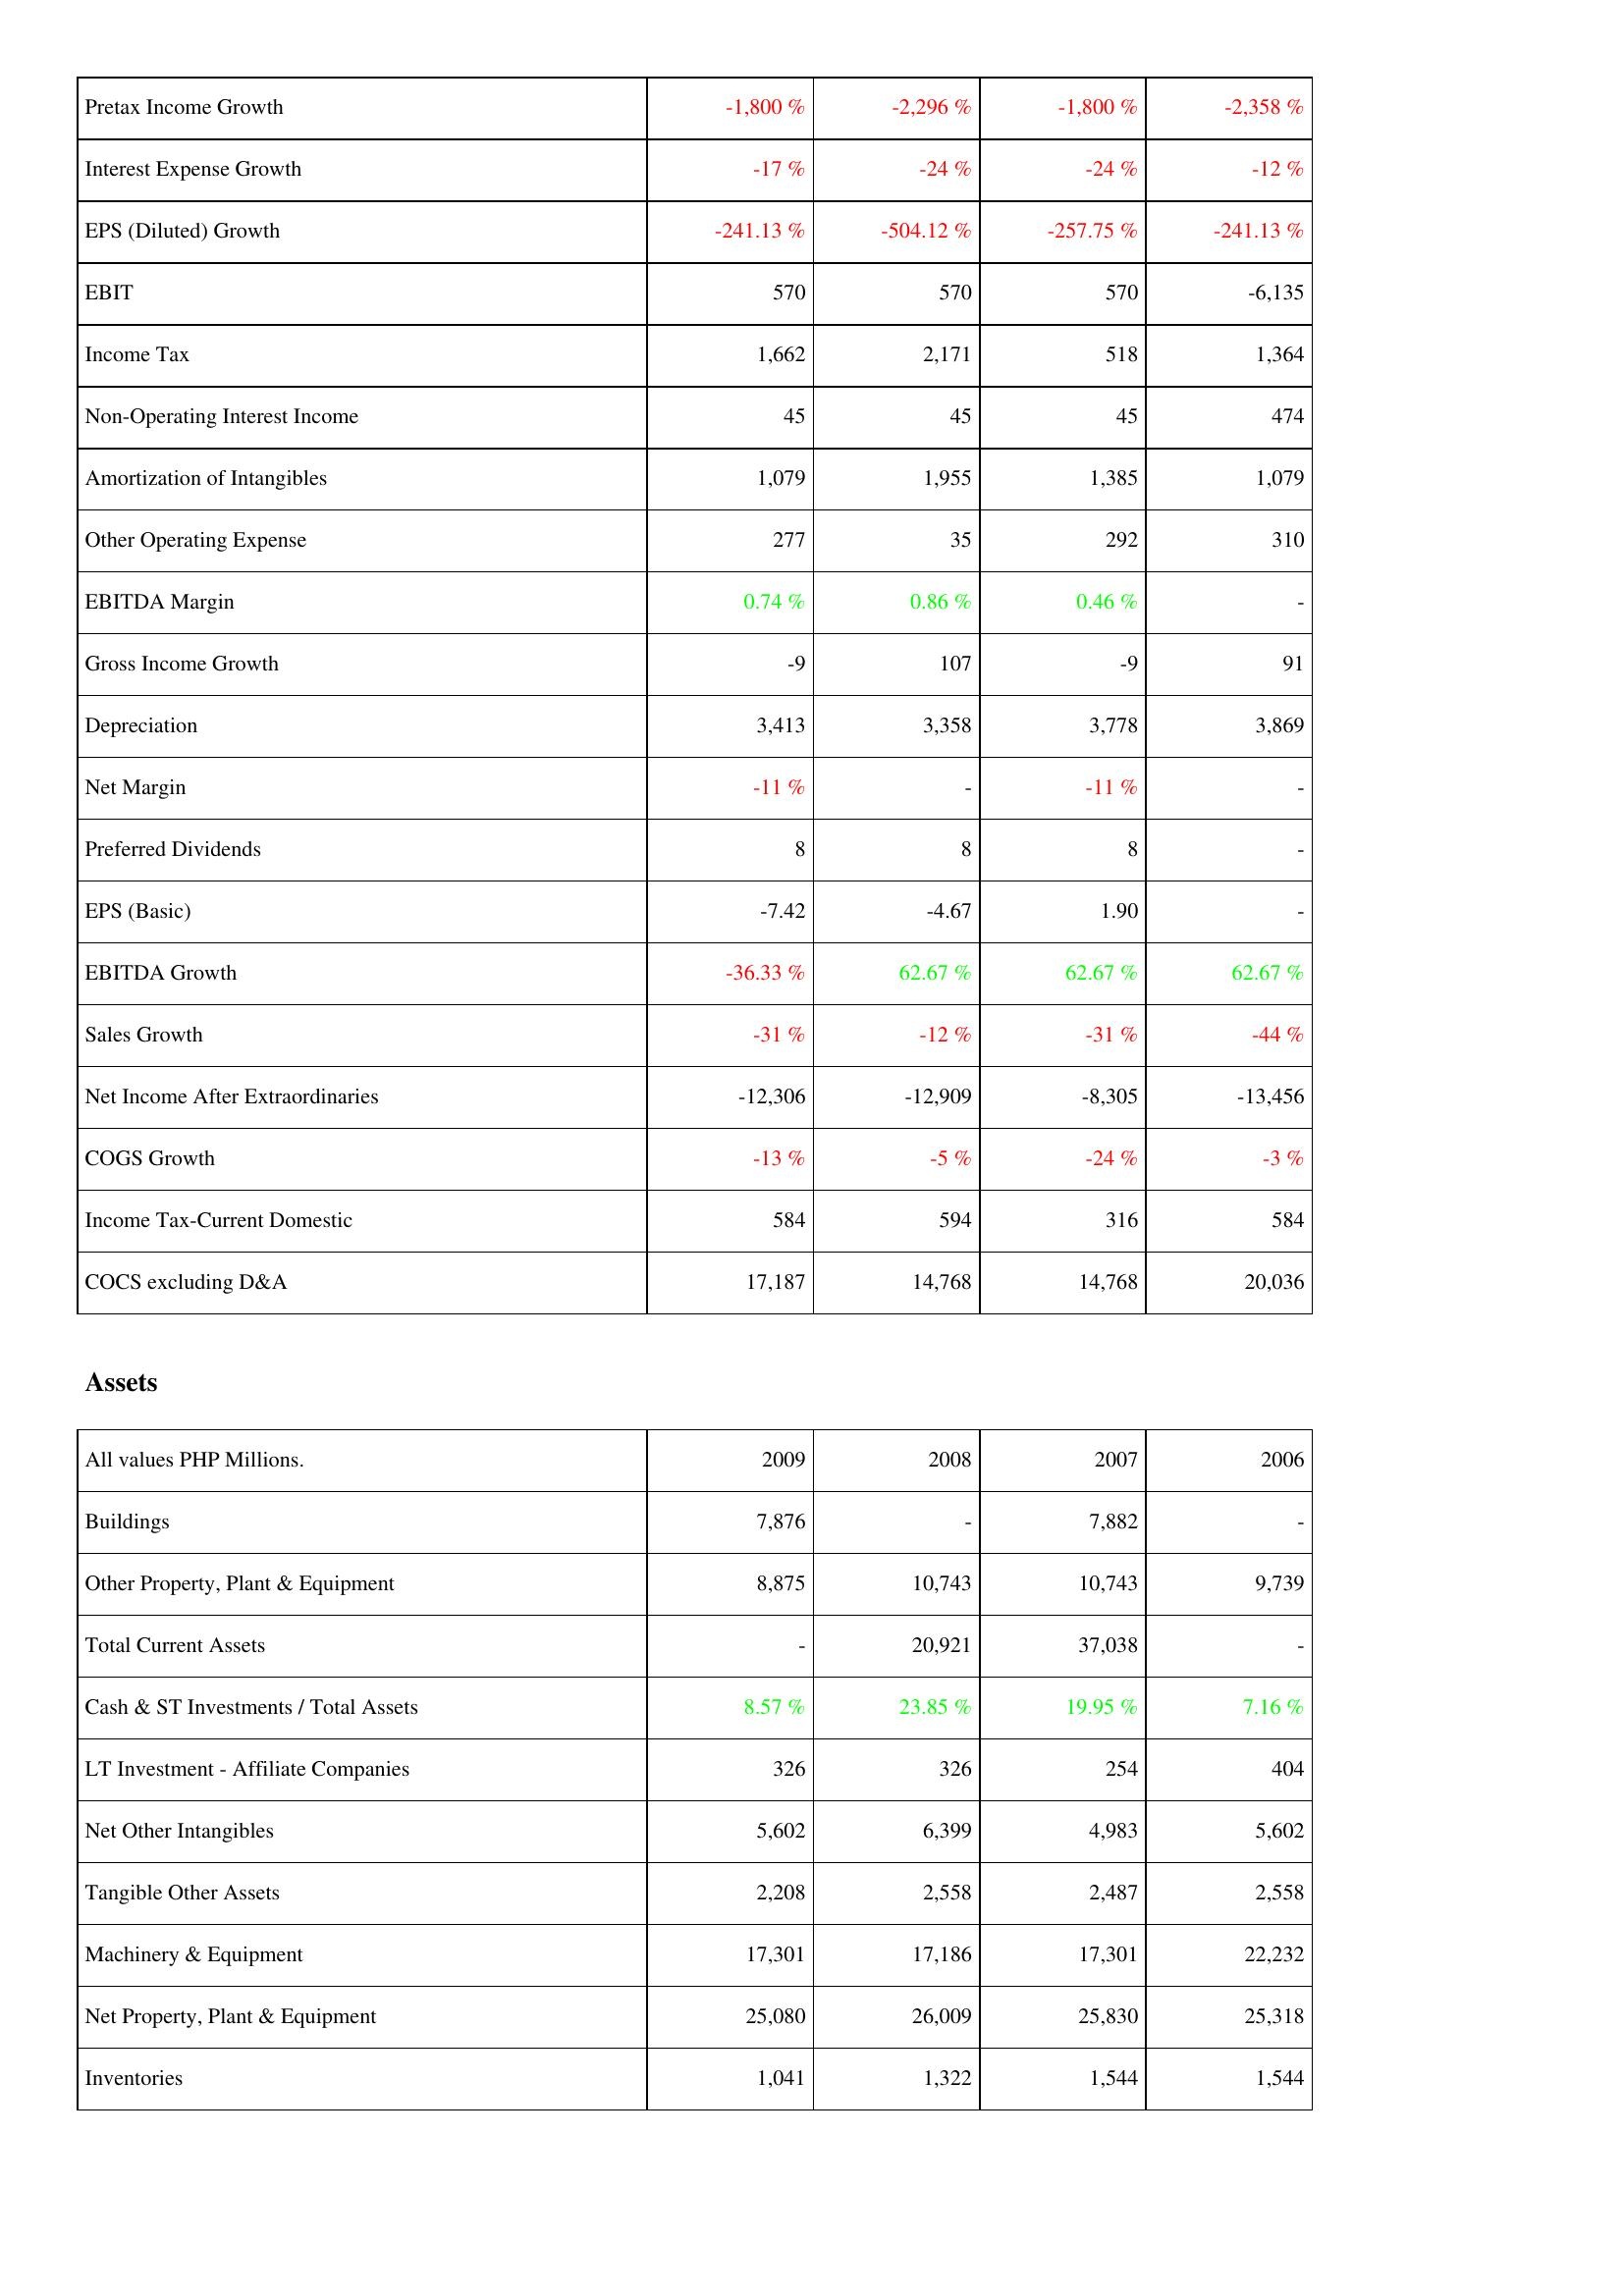
2009: Income Statement: Pretax Income Growth: -1,800 %
Interest Expense Growth: -17 %
EPS (Diluted) Growth: -241.13 %
EBIT: 570
Income Tax: 1,662
Non-Operating Interest Income: 45
Amortization of Intangibles: 1,079
Other Operating Expense: 277
EBITDA Margin: 0.74 %
Gross Income Growth: -9
Depreciation: 3,413
Net Margin: -11 %
Preferred Dividends: 8
EPS (Basic): -7.42
EBITDA Growth: -36.33 %
Sales Growth: -31 %
Net Income After Extraordinaries: -12,306
COGS Growth: -13 %
Income Tax-Current Domestic: 584
COCS excluding D&A: 17,187
Assets: Buildings: 7,876
Other Property, Plant & Equipment: 8,875
Total Current Assets: -
Cash & ST Investments / Total Assets: 8.57 %
LT Investment - Affiliate Companies: 326
Net Other Intangibles: 5,602
Tangible Other Assets: 2,208
Machinery & Equipment: 17,301
Net Property, Plant & Equipment: 25,080
Inventories: 1,041
2008: Income Statement: Pretax Income Growth: -2,296 %
Interest Expense Growth: -24 %
EPS (Diluted) Growth: -504.12 %
EBIT: 570
Income Tax: 2,171
Non-Operating Interest Income: 45
Amortization of Intangibles: 1,955
Other Operating Expense: 35
EBITDA Margin: 0.86 %
Gross Income Growth: 107
Depreciation: 3,358
Net Margin: -
Preferred Dividends: 8
EPS (Basic): -4.67
EBITDA Growth: 62.67 %
Sales Growth: -12 %
Net Income After Extraordinaries: -12,909
COGS Growth: -5 %
Income Tax-Current Domestic: 594
COCS excluding D&A: 14,768
Assets: Buildings: -
Other Property, Plant & Equipment: 10,743
Total Current Assets: 20,921
Cash & ST Investments / Total Assets: 23.85 %
LT Investment - Affiliate Companies: 326
Net Other Intangibles: 6,399
Tangible Other Assets: 2,558
Machinery & Equipment: 17,186
Net Property, Plant & Equipment: 26,009
Inventories: 1,322
2007: Income Statement: Pretax Income Growth: -1,800 %
Interest Expense Growth: -24 %
EPS (Diluted) Growth: -257.75 %
EBIT: 570
Income Tax: 518
Non-Operating Interest Income: 45
Amortization of Intangibles: 1,385
Other Operating Expense: 292
EBITDA Margin: 0.46 %
Gross Income Growth: -9
Depreciation: 3,778
Net Margin: -11 %
Preferred Dividends: 8
EPS (Basic): 1.90
EBITDA Growth: 62.67 %
Sales Growth: -31 %
Net Income After Extraordinaries: -8,305
COGS Growth: -24 %
Income Tax-Current Domestic: 316
COCS excluding D&A: 14,768
Assets: Buildings: 7,882
Other Property, Plant & Equipment: 10,743
Total Current Assets: 37,038
Cash & ST Investments / Total Assets: 19.95 %
LT Investment - Affiliate Companies: 254
Net Other Intangibles: 4,983
Tangible Other Assets: 2,487
Machinery & Equipment: 17,301
Net Property, Plant & Equipment: 25,830
Inventories: 1,544
2006: Income Statement: Pretax Income Growth: -2,358 %
Interest Expense Growth: -12 %
EPS (Diluted) Growth: -241.13 %
EBIT: -6,135
Income Tax: 1,364
Non-Operating Interest Income: 474
Amortization of Intangibles: 1,079
Other Operating Expense: 310
EBITDA Margin: -
Gross Income Growth: 91
Depreciation: 3,869
Net Margin: -
Preferred Dividends: -
EPS (Basic): -
EBITDA Growth: 62.67 %
Sales Growth: -44 %
Net Income After Extraordinaries: -13,456
COGS Growth: -3 %
Income Tax-Current Domestic: 584
COCS excluding D&A: 20,036
Assets: Buildings: -
Other Property, Plant & Equipment: 9,739
Total Current Assets: -
Cash & ST Investments / Total Assets: 7.16 %
LT Investment - Affiliate Companies: 404
Net Other Intangibles: 5,602
Tangible Other Assets: 2,558
Machinery & Equipment: 22,232
Net Property, Plant & Equipment: 25,318
Inventories: 1,544